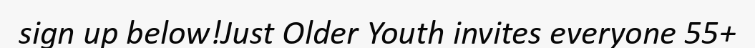
sign up below!Just Older Youth invites everyone 55+